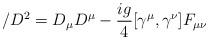
LaTeX: \begin{align*}\slash{D}^{2} = D_{\mu}D^{\mu} - \frac{ig}{4}[\gamma^{\mu}, \gamma^{\nu}]F_{\mu\nu}\end{align*}